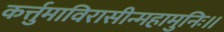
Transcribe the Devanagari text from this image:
कर्त्तुमाविरासीन्महामुनिः॥